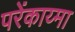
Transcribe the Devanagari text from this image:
परेंकाय्मा